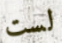
لست